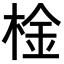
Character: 𣔋